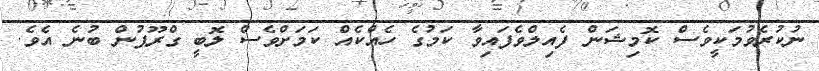
ނުކުރެވުމަކީވެސް ކޮމިޝަން ފެއިލްވެފައިވާ ކަމުގެ ހެއްކެއް ކަމަށްވެސް ލޮބީ ގްރޫޕުން ބުނެ އެވެ.